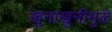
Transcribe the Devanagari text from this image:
खुनाखुनीमुळे